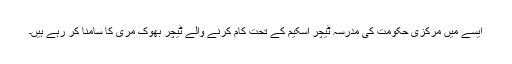
ایسے میں مرکزی حکومت کی مدرسہ ٹیچر اسکیم کے تحت کام کرنے والے ٹیچر بھوک مری کا سامنا کر رہے ہیں۔